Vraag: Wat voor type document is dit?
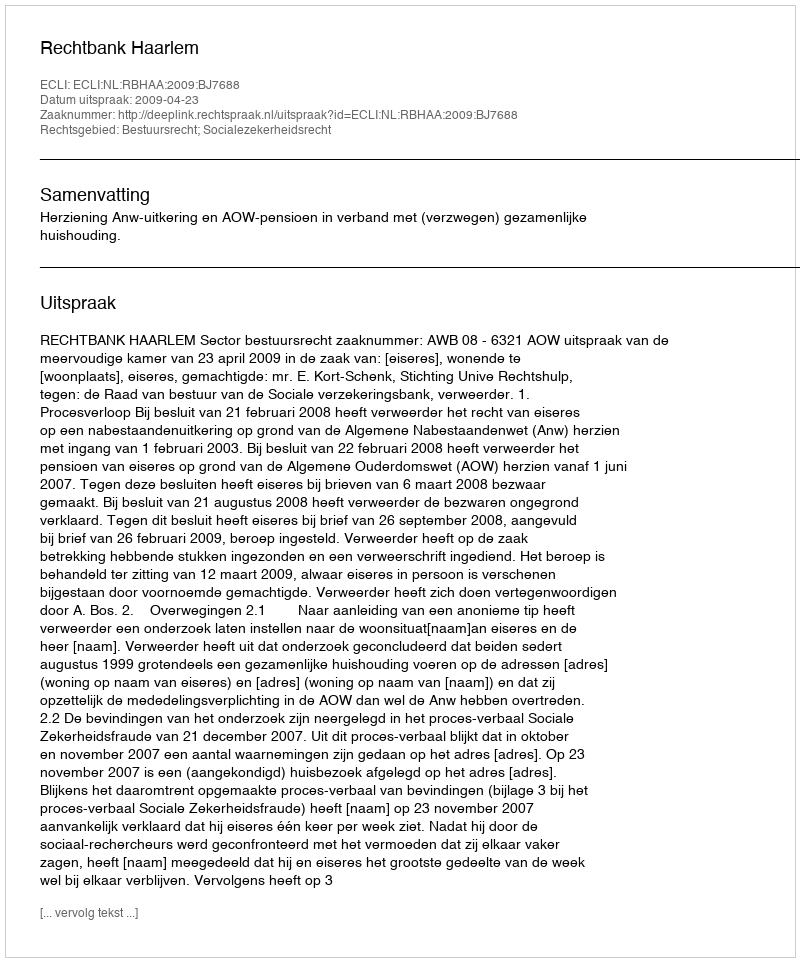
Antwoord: Uitspraak